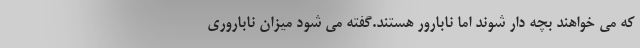
که می خواهند بچه دار شوند اما نابارور هستند.گفته می شود میزان ناباروری